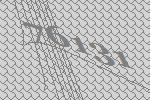
76131